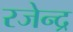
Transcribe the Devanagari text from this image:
रजेन्द्र